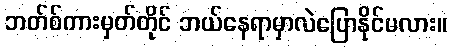
ဘတ်စ်ကားမှတ်တိုင် ဘယ်နေရာမှာလဲပြောနိုင်မလား။